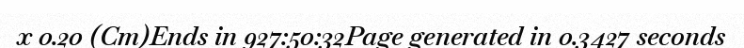
x 0.20 (Cm)Ends in 927:50:32Page generated in 0.3427 seconds